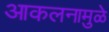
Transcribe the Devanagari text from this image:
आकलनामुळे